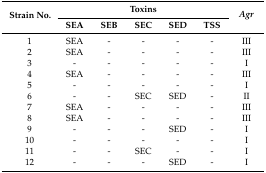
<table><thead><tr><td rowspan="2"><b>Strain No.</b></td><td colspan="5"><b>Toxins</b></td><td rowspan="2"><b><i>Agr</i></b></td></tr><tr><td><b>SEA</b></td><td><b>SEB</b></td><td><b>SEC</b></td><td><b>SED</b></td><td><b>TSS</b></td></tr></thead><tbody><tr><td>1</td><td>SEA</td><td>-</td><td>-</td><td>-</td><td>-</td><td>III</td></tr><tr><td>2</td><td>SEA</td><td>-</td><td>-</td><td>-</td><td>-</td><td>III</td></tr><tr><td>3</td><td>-</td><td>-</td><td>-</td><td>-</td><td>-</td><td>I</td></tr><tr><td>4</td><td>SEA</td><td>-</td><td>-</td><td>-</td><td>-</td><td>III</td></tr><tr><td>5</td><td>-</td><td>-</td><td>-</td><td>-</td><td>-</td><td>I</td></tr><tr><td>6</td><td>-</td><td>-</td><td>SEC</td><td>SED</td><td>-</td><td>II</td></tr><tr><td>7</td><td>SEA</td><td>-</td><td>-</td><td>-</td><td>-</td><td>III</td></tr><tr><td>8</td><td>SEA</td><td>-</td><td>-</td><td>-</td><td>-</td><td>III</td></tr><tr><td>9</td><td>-</td><td>-</td><td>-</td><td>SED</td><td>-</td><td>I</td></tr><tr><td>10</td><td>-</td><td>-</td><td>-</td><td>-</td><td>-</td><td>I</td></tr><tr><td>11</td><td>-</td><td>-</td><td>SEC</td><td>-</td><td>-</td><td>I</td></tr><tr><td>12</td><td>-</td><td>-</td><td>-</td><td>SED</td><td>-</td><td>I</td></tr></tbody></table>